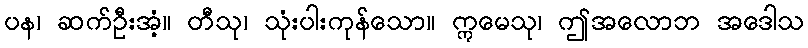
ပန၊ ဆက်ဦးအံ့။ တီသု၊ သုံးပါးကုန်သော။ ဣမေသု၊ ဤအလောဘ အဒေါသ